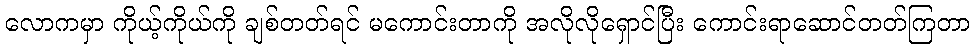
လောကမှာ ကိုယ့်ကိုယ်ကို ချစ်တတ်ရင် မကောင်းတာကို အလိုလိုရှောင်ပြီး ကောင်းရာဆောင်တတ်ကြတာ